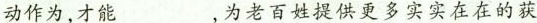
动作为，才能___，为老百姓提供更多实实在在的获